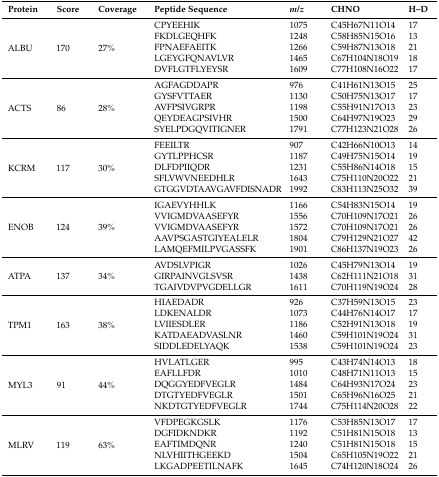
<table><thead><tr><td><b>Protein</b></td><td><b>Score</b></td><td><b>Coverage</b></td><td><b>Peptide Sequence</b></td><td><b><i>m</i>/<i>z</i></b></td><td><b>CHNO</b></td><td><b>H–D</b></td></tr></thead><tbody><tr><td rowspan="5">ALBU</td><td rowspan="5">170</td><td rowspan="5">27%</td><td>CPYEEHIK</td><td>1075</td><td>C45H67N11O14</td><td>17</td></tr><tr><td>FKDLGEQHFK</td><td>1248</td><td>C58H85N15O16</td><td>13</td></tr><tr><td>FPNAEFAEITK</td><td>1266</td><td>C59H87N13O18</td><td>21</td></tr><tr><td>LGEYGFQNAVLVR</td><td>1465</td><td>C67H104N18O19</td><td>18</td></tr><tr><td>DVFLGTFLYEYSR</td><td>1609</td><td>C77H108N16O22</td><td>17</td></tr><tr><td rowspan="5">ACTS</td><td rowspan="5">86</td><td rowspan="5">28%</td><td>AGFAGDDAPR</td><td>976</td><td>C41H61N13O15</td><td>25</td></tr><tr><td>GYSFVTTAER</td><td>1130</td><td>C50H75N13O17</td><td>17</td></tr><tr><td>AVFPSIVGRPR</td><td>1198</td><td>C55H91N17O13</td><td>23</td></tr><tr><td>QEYDEAGPSIVHR</td><td>1500</td><td>C64H97N19O23</td><td>29</td></tr><tr><td>SYELPDGQVITIGNER</td><td>1791</td><td>C77H123N21O28</td><td>26</td></tr><tr><td rowspan="5">KCRM</td><td rowspan="5">117</td><td rowspan="5">30%</td><td>FEEILTR</td><td>907</td><td>C42H66N10O13</td><td>14</td></tr><tr><td>GYTLPPHCSR</td><td>1187</td><td>C49H75N15O14</td><td>19</td></tr><tr><td>DLFDPIIQDR</td><td>1231</td><td>C55H86N14O18</td><td>15</td></tr><tr><td>SFLVWVNEEDHLR</td><td>1643</td><td>C75H110N20O22</td><td>21</td></tr><tr><td>GTGGVDTAAVGAVFDISNADR</td><td>1992</td><td>C83H113N25O32</td><td>39</td></tr><tr><td rowspan="5">ENOB</td><td rowspan="5">124</td><td rowspan="5">39%</td><td>IGAEVYHHLK</td><td>1166</td><td>C54H83N15O14</td><td>19</td></tr><tr><td>VVIGMDVAASEFYR</td><td>1556</td><td>C70H109N17O21</td><td>26</td></tr><tr><td>VVIGMDVAASEFYR</td><td>1572</td><td>C70H109N17O21</td><td>26</td></tr><tr><td>AAVPSGASTGIYEALELR</td><td>1804</td><td>C79H129N21O27</td><td>42</td></tr><tr><td>LAMQEFMILPVGASSFK</td><td>1901</td><td>C86H137N19O23</td><td>26</td></tr><tr><td rowspan="3">ATPA</td><td rowspan="3">137</td><td rowspan="3">34%</td><td>AVDSLVPIGR</td><td>1026</td><td>C45H79N13O14</td><td>19</td></tr><tr><td>GIRPAINVGLSVSR</td><td>1438</td><td>C62H111N21O18</td><td>31</td></tr><tr><td>TGAIVDVPVGDELLGR</td><td>1611</td><td>C70H119N19O24</td><td>28</td></tr><tr><td rowspan="5">TPM1</td><td rowspan="5">163</td><td rowspan="5">38%</td><td>HIAEDADR</td><td>926</td><td>C37H59N13O15</td><td>23</td></tr><tr><td>LDKENALDR</td><td>1073</td><td>C44H76N14O17</td><td>17</td></tr><tr><td>LVIIESDLER</td><td>1186</td><td>C52H91N13O18</td><td>19</td></tr><tr><td>KATDAEADVASLNR</td><td>1460</td><td>C59H101N19O24</td><td>31</td></tr><tr><td>SIDDLEDELYAQK</td><td>1538</td><td>C59H101N19O24</td><td>23</td></tr><tr><td rowspan="5">MYL3</td><td rowspan="5">91</td><td rowspan="5">44%</td><td>HVLATLGER</td><td>995</td><td>C43H74N14O13</td><td>18</td></tr><tr><td>EAFLLFDR</td><td>1010</td><td>C48H71N11O13</td><td>15</td></tr><tr><td>DQGGYEDFVEGLR</td><td>1484</td><td>C64H93N17O24</td><td>23</td></tr><tr><td>DTGTYEDFVEGLR</td><td>1501</td><td>C65H96N16O25</td><td>21</td></tr><tr><td>NKDTGTYEDFVEGLR</td><td>1744</td><td>C75H114N20O28</td><td>22</td></tr><tr><td rowspan="5">MLRV</td><td rowspan="5">119</td><td rowspan="5">63%</td><td>VFDPEGKGSLK</td><td>1176</td><td>C53H85N13O17</td><td>17</td></tr><tr><td>DGFIDKNDKR</td><td>1192</td><td>C51H81N15O18</td><td>13</td></tr><tr><td>EAFTIMDQNR</td><td>1240</td><td>C51H81N15O18</td><td>15</td></tr><tr><td>NLVHIITHGEEKD</td><td>1504</td><td>C65H105N19O22</td><td>21</td></tr><tr><td>LKGADPEETILNAFK</td><td>1645</td><td>C74H120N18O24</td><td>26</td></tr></tbody></table>